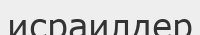
исраилдер